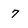
Character: 7